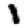
Digit: 1